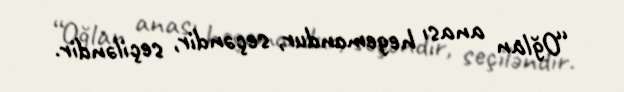
“Oğlan anası hegemondur, seçəndir, seçiləndir.